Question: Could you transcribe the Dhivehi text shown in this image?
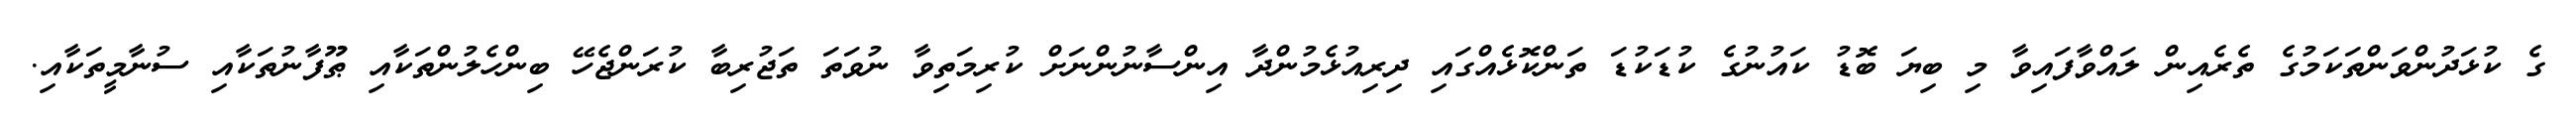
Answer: ގެ ކުޅަދުންވަންތަކަމުގެ ތެރެއިން ލައްވާފައިވާ މި ބިޔަ ބޮޑު ކައުނުގެ ކުޑަކުޑަ ތަންކޮޅެއްގައި ދިރިއުޅެމުންދާ އިންސާނުންނަށް ކުރިމަތިވާ ނުވަތަ ތަޖުރިބާ ކުރަންޖެހޭ ބިންހެލުންތަކާއި ޠޫފާނުތަކާއި ސުނާމީތަކާއި.